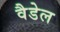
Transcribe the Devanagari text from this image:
वैडेल